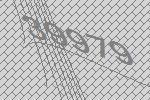
39979